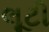
લૂટી